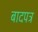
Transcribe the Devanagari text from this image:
बादपत्र